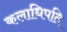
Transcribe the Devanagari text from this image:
कलाधिपति